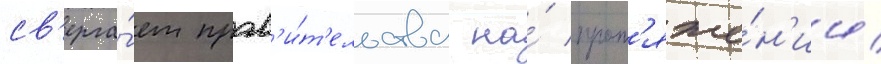
св'ерга́ет прав'и́т'ельства на́ прот'яже́н'ии